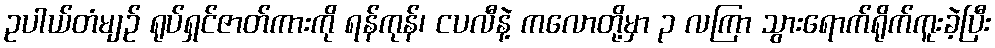
ဥပါယ်တံမျဉ် ရုပ်ရှင်ဇာတ်ကားကို ရန်ကုန်၊ ငပလီနဲ့ ကလောတို့မှာ ၃ လကြာ သွားရောက်ရိုက်ကူးခဲ့ပြီး